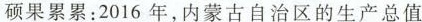
硕果累累：2016年，内蒙古自治区的生产总值